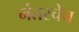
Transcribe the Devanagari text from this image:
नंतरचेच